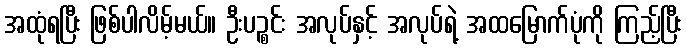
အထုံရပြီး ဖြစ်ပါလိမ့်မယ်။ ဦးပဉ္စင်း အလုပ်နှင့် အလုပ်ရဲ့ အထမြောက်ပုံကို ကြည့်ပြီး